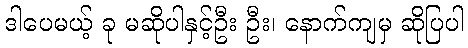
ဒါပေမယ့် ခု မဆိုပါနှင့်ဦး ဦး၊ နောက်ကျမှ ဆိုပြပါ